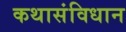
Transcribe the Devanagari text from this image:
कथासंविधान